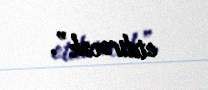
etdirəcək”.